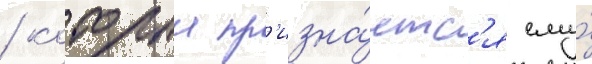
/ которыи пр'изна́етс'я ему́